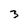
Character: 3